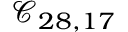
\mathcal { C } _ { 2 8 , 1 7 }